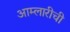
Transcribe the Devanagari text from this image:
आम्लारीची